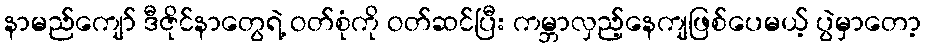
နာမည်ကျော် ဒီဇိုင်နာတွေရဲ့ ဝတ်စုံကို ဝတ်ဆင်ပြီး ကမ္ဘာလှည့်နေကျဖြစ်ပေမယ့် ပွဲမှာတော့